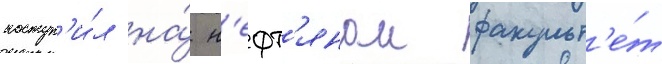
поступ'и́л на́ н'ефт'янои факульт'е́т